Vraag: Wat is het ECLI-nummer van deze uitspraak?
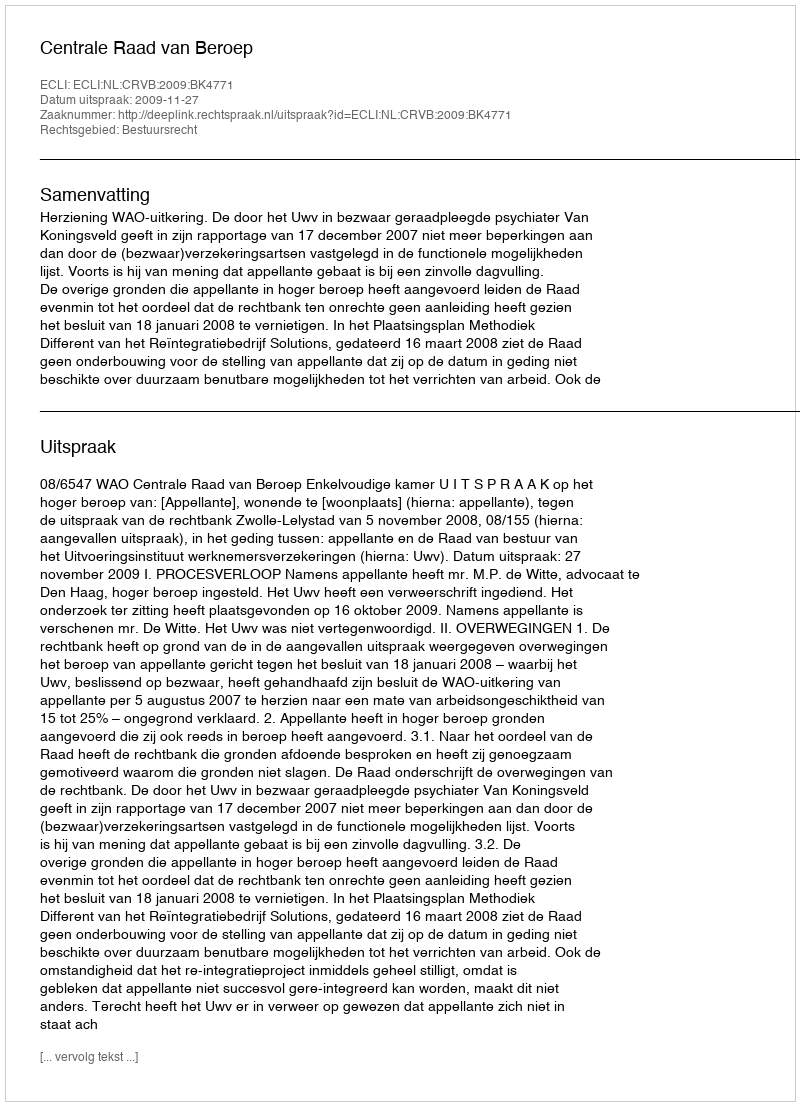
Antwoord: ECLI:NL:CRVB:2009:BK4771